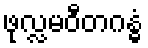
ဖုလ္လမဝီတဂန္ဓံ